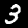
Label: 3